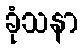
ခုံသနာ